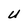
Character: U